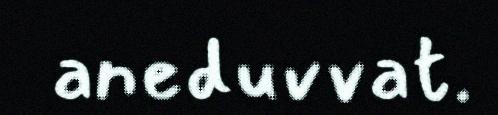
aneduvvat.